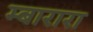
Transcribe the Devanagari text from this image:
म्बारारा